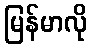
မြန်မာလို